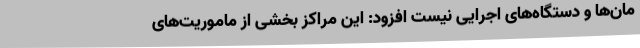
مان‌ها و دستگاه‌های اجرایی نیست افزود: این مراکز بخشی از ماموریت‌های